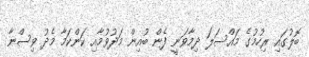
ބޮލުގައި ރިހުމުގެ މައްސަލަ ދިމާވަނީ ފެން ބުއިން މަދުވުމާއި ކަންކަމާ މެދު ވިސްނާ